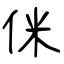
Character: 侎